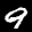
Label: 9